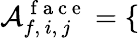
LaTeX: \mathcal{A}_{f,\, i,\, j}^{\mathrm{~f~a~c~e~}}=\left\{ \begin{array}{ll}\end{array}\right.